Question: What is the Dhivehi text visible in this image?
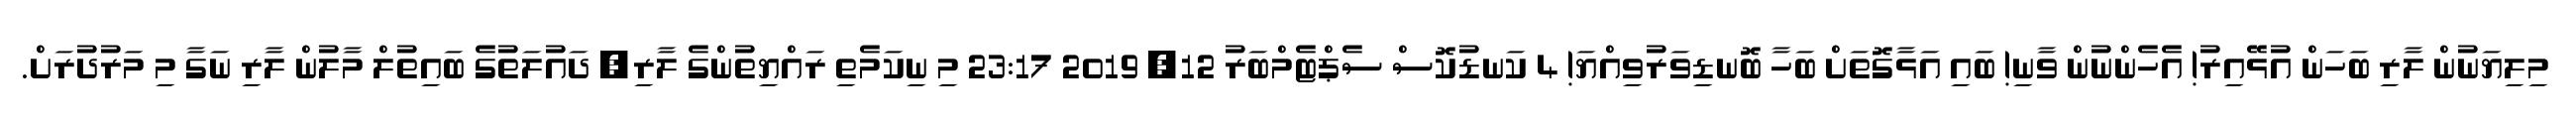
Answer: މިލިޔަނުން ލާރި ބަހަން އުޅޭއިރު! އެހެންނުން ވާނި! ބައި އަޅާގޮތަށް ބަހާ ބޮނޑިވަރުވިއްޔަ! 4 ކަނޑުކޮސް ސެޕްޓެމްބަރު 12, 2019 23:17 މި ނިކަމެތި ރައްޔިތުންގެ ލާރި, ދައުލަތުގެ ބައިތުލް މާލުން ލާރި ނަގާ މި މަރުދުރަށް.